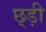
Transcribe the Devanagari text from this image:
छ्ड़ी